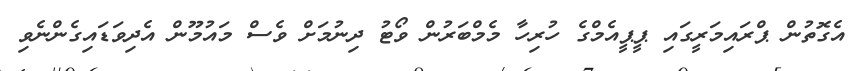
އެގޮތުން ޕްރައިމަރީގައި ޕީޕީއެމްގެ ހުރިހާ މެމްބަރުން ވޯޓު ދިނުމަށް ވެސް މައުމޫން އެދިވަޑައިގެންނެވި